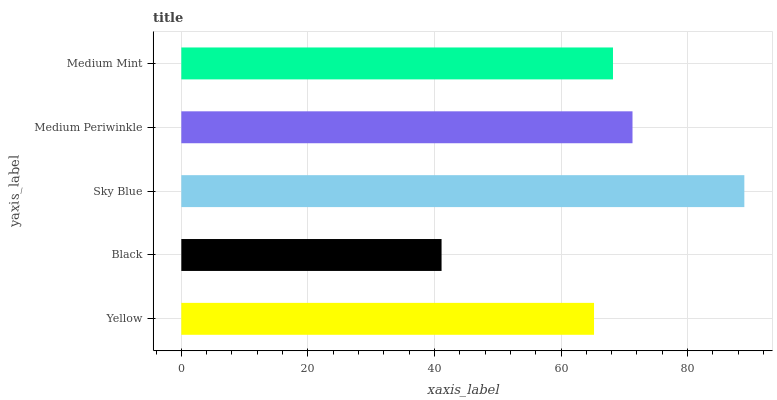
| yaxis_label | bars |
 | --- | --- |
 | Yellow | 65.2 |
 | Black | 41.1 |
 | Sky Blue | 89 |
 | Medium Periwinkle | 71.3 |
 | Medium Mint | 68.2 |